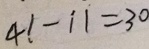
4 1 - \dot { 1 } 1 = 3 0